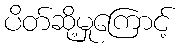
ပိတ်ဆို့မှုကြောင့်